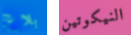
بلاغ النيكوتين